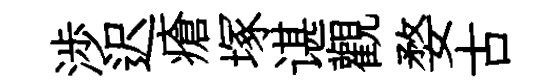
渉迟瘡塚谌觀婺古